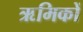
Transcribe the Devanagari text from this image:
ऋमिकों